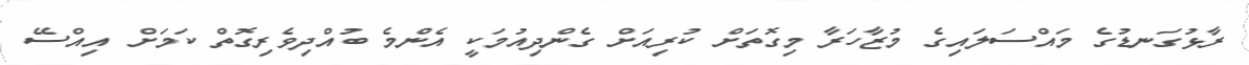
ރާޅުގަނޑުގެ މައްސަލައިގެ މުޒާހަރާ މިގޮތަށް ކުރިއަށް ގެންދިއުމަކީ އެންމެ ބުއްދިވެރިގޮތް ކަމަށް އިއްސޭ